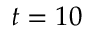
t = 1 0